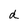
Character: d